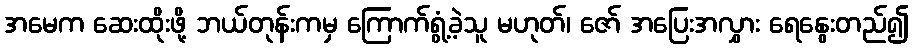
အမေက ဆေးထိုးဖို့ ဘယ်တုန်းကမှ ကြောက်ရွံ့ခဲ့သူ မဟုတ်၊ ဇော် အပြေးအလွှား ရေနွေးတည်၍